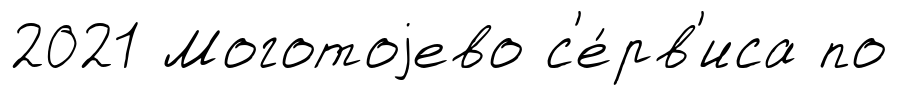
2021 Моготоjево с'е́рв'иса по